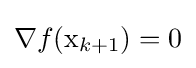
\nabla f(\mathrm {x} _{k+1})=0